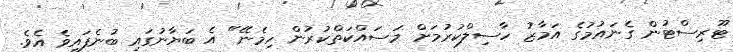
ޓޫރިސްޓުން ގެނައުމުގެ އަމާޒު ހާސިލްކުރުމަށް މަސައްކަތްކުރުން ހިމެނޭ" އެ ބަޔާނުގައި ބުނެފައިވެ އެވެ.